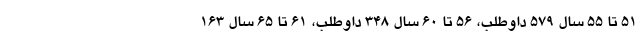
۵۱ تا ۵۵ سال ۵۷۹ داوطلب، ۵۶ تا ۶۰ سال ۳۴۸ داوطلب، ۶۱ تا ۶۵ سال ۱۶۳